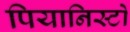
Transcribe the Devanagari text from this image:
पियानिस्टों